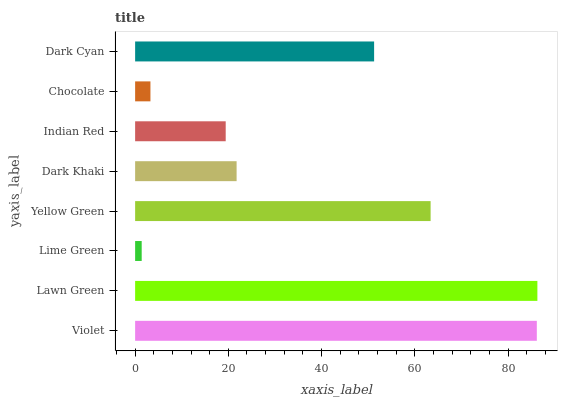
| yaxis_label | bars |
 | --- | --- |
 | Violet | 86.2 |
 | Lawn Green | 86.3 |
 | Lime Green | 1.41 |
 | Yellow Green | 63.4 |
 | Dark Khaki | 21.8 |
 | Indian Red | 19.4 |
 | Chocolate | 3.29 |
 | Dark Cyan | 51.3 |